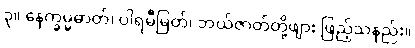
၃။ နေက္ခမ္မဓာတ်၊ ပါရမီမြတ်၊ ဘယ်ဇာတ်တို့ဖျား ဖြည့်သနည်း။